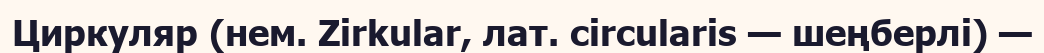
Циркуляр (нем. Zіrkular, лат. cіrcularіs — шеңберлі) —